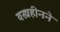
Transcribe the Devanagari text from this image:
वस्त्रहीनने